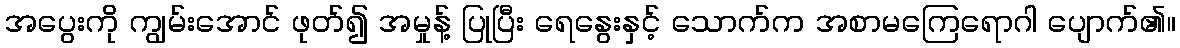
အပွေးကို ကျွမ်းအောင် ဖုတ်၍ အမှုန့် ပြုပြီး ရေနွေးနှင့် သောက်က အစာမကြေရောဂါ ပျောက်၏။